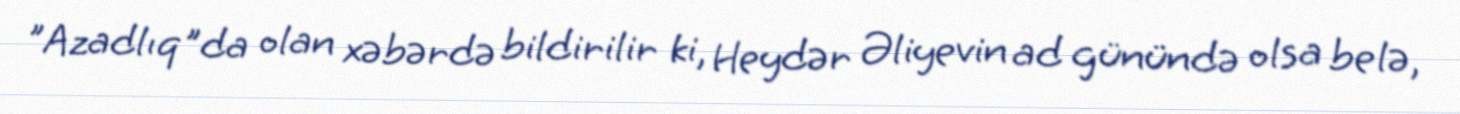
”Azadlıq"da olan xəbərdə bildirilir ki, Heydər Əliyevin ad günündə olsa belə,